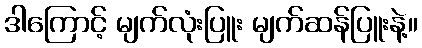
ဒါကြောင့် မျက်လုံးပြူး မျက်ဆန်ပြူးနဲ့။